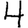
Digit: 4